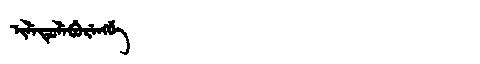
Manchu: ᡳᠯᡝᡨᡠᠯᡝᠪᡠᡵᡝᠩᡤᡝ
Romanization: ILETULEBURENGGE